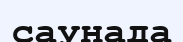
саунада